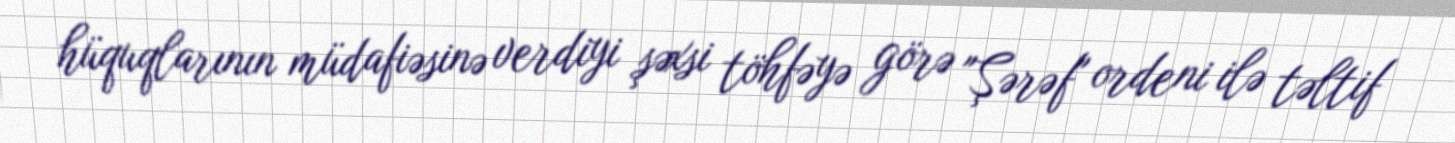
hüquqlarının müdafiəsinə verdiyi şəxsi töhfəyə görə "Şərəf" ordeni ilə təltif